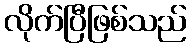
လိုက်ပြီဖြစ်သည်